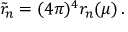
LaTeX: \tilde { r } _ { n } = ( 4 \pi ) ^ { 4 } r _ { n } ( \mu ) \, .